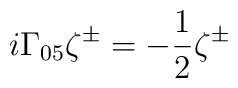
i\Gamma _{05}\zeta ^{\pm }=-\frac 12\zeta ^{\pm }